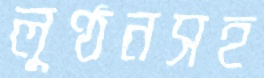
লুণ্ঠনসহ